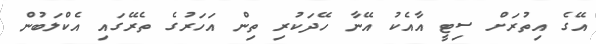
އޭގެ އިތުރަށް ސިޓީ އާއެކު އޭނާ ހޭދަކުރި ތިން އަހަރުގެ ތެރޭގައި އެކްލަބުން